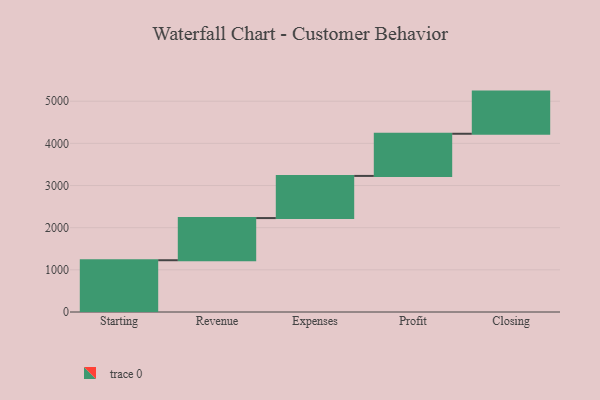
{"axis": {"x": "Step", "y": "Value"}, "legend": [""], "data": [{"x": "Starting", "y": 1228.0, "type": ""}, {"x": "Revenue", "y": 1000, "type": ""}, {"x": "Expenses", "y": 1000, "type": ""}, {"x": "Profit", "y": 1000, "type": ""}, {"x": "Closing", "y": 1000, "type": ""}]}